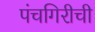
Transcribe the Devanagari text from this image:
पंचगिरीची